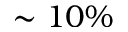
\sim 1 0 \%